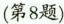
(第8题)